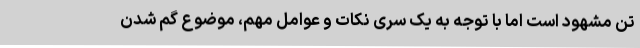
تن مشهود است اما با توجه به یک سری نکات و عوامل مهم، موضوع گم شدن